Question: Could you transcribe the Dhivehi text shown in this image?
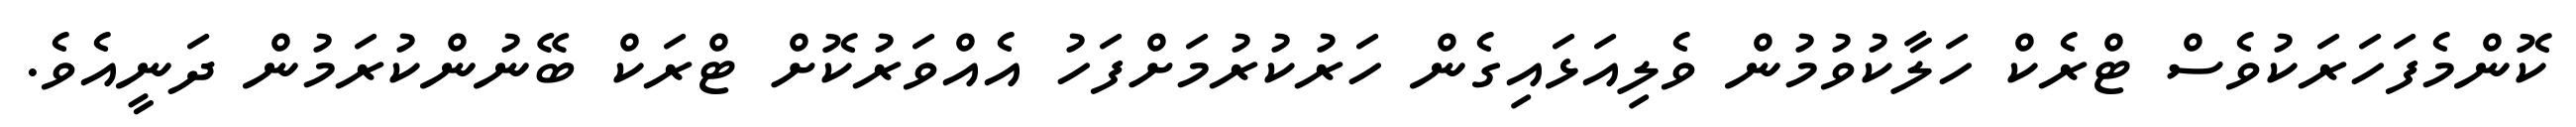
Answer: ކޮންމެފަހަރަކުވެސް ޓްރެކް ހަލާކުވުމުން ވެލިއަޅައިގެން ހަރުކުރުމަށްފަހު އެއްވަރުކޮށް ޓްރަކް ބޭނުންކުރަމުން ދަނީއެވެ.